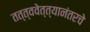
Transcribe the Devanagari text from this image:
तत्त्ववेत्त्यानंतरचे